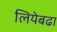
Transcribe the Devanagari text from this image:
लियेबढा